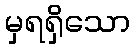
မှရရှိသော